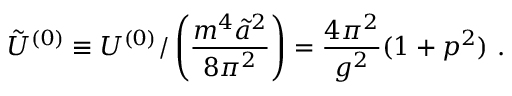
{ \tilde { \cal U } } ^ { ( 0 ) } \equiv { \cal U } ^ { ( 0 ) } / \left( \frac { m ^ { 4 } { \tilde { a } } ^ { 2 } } { 8 \pi ^ { 2 } } \right) = \frac { 4 \pi ^ { 2 } } { g ^ { 2 } } ( 1 + p ^ { 2 } ) \ .